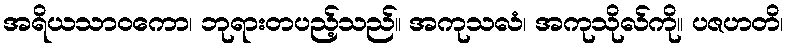
အရိယသာဝကော၊ ဘုရားတပည့်သည်။ အကုသလံ၊ အကုသိုလ်ကို။ ပဇဟတိ၊